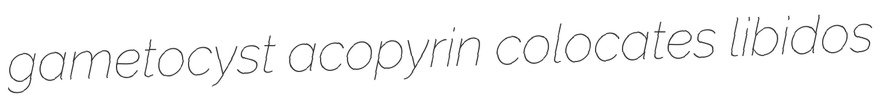
gametocyst acopyrin colocates libidos